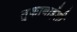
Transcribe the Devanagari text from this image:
तुकाबाईंशी